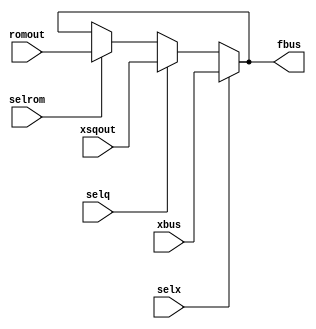
`timescale 1ns/1ns
module thim(input [15:0]xbus,romout,xsqout,input selx,selq,selrom,output [15:0]fbus);
  assign fbus=(selx)? xbus:(selq)? xsqout: (selrom) ? romout : fbus;
endmodule